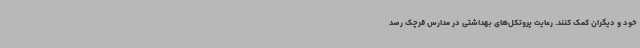
خود و دیگران کمک کنند. رعایت پروتکل‌های بهداشتی در مدارس قرچک رصد